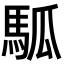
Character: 𩢍